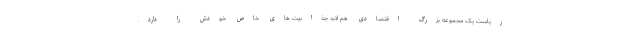
ریاست یک مجموعه بزرگ اقتصادی هم لابد جذابیت های خاص خودش را دارد.